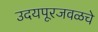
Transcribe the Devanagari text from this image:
उदयपूरजवळचे